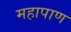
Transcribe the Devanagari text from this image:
महापाण